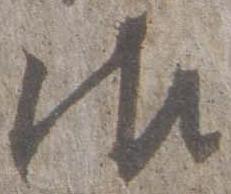
御